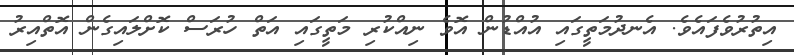
އިތުރުވެފައެވެ. އެނދުމަތީގައި އުއްޑުން އޮވެ ނިއްކުރި މަތީގައި އަތް ހުރަސް ކޮށްލައިގެން އޮތްއިރު